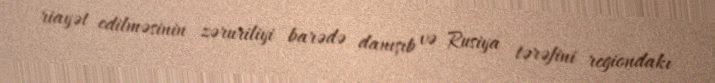
riayət edilməsinin zəruriliyi barədə danışıb və Rusiya tərəfini regiondakı